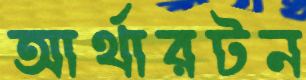
আর্থারটন